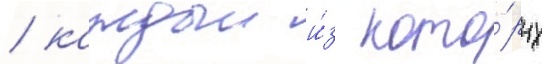
/ каждыи и́з кото́рых